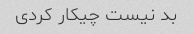
بد نیست چیکار کردی